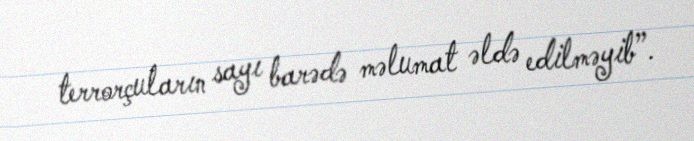
terrorçuların sayı barədə məlumat əldə edilməyib”.